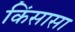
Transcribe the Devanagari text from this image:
किंसासा